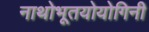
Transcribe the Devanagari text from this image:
नाथोभूतयोयोगिनी